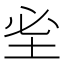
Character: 𡊭